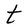
Character: t